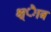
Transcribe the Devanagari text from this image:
क्ष्ेात्र